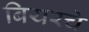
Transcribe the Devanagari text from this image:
बियरचे